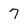
Character: 7